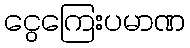
ငွေကြေးပမာဏ